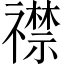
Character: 𬓛